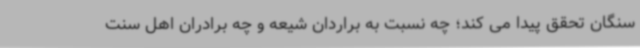
سنگان تحقق پیدا می کند؛ چه نسبت به براردان شیعه و چه برادران اهل سنت